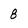
Character: 8